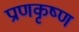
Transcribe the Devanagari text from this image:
प्राणकृष्ण